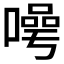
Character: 𭊯